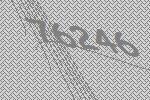
76246